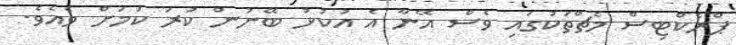
ޕްރެކްޓިސް މެޗްތަކުގައި ވެސް އޭނާ އެ އުކުޅު ބޭނުން ކުރަ ކަމަށް ވެއެވެ.